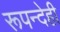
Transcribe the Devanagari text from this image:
रूपन्देही